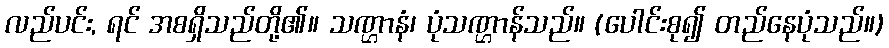
လည်ပင်း, ရင် အစရှိသည်တို့၏။ သဏ္ဌာနံ၊ ပုံသဏ္ဌာန်သည်။ (ပေါင်းစု၍ တည်နေပုံသည်။)